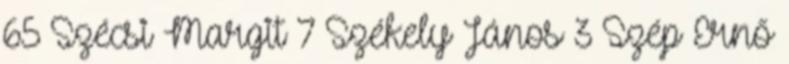
65 Szécsi Margit 7 Székely János 3 Szép Ernő